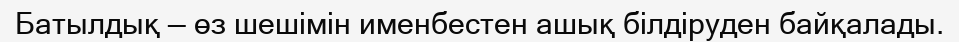
Батылдық — өз шешімін именбестен ашық білдіруден байқалады.